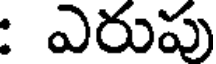
: ఎరుపు